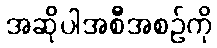
အဆိုပါအစီအစဉ်ကို